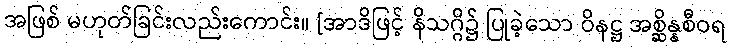
အဖြစ် မဟုတ်ခြင်းလည်းကောင်း။ [အာဒိဖြင့် နိသဂ္ဂိ၌ ပြုခဲ့သော ဝိနဋ္ဌ အစ္ဆိန္နစီဝရ